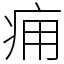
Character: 痈